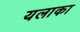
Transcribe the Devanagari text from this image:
यलाका